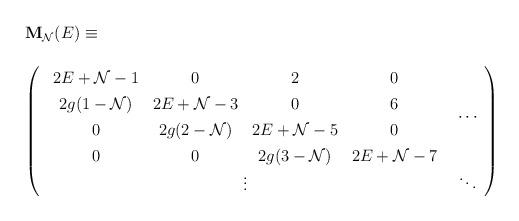
LaTeX: \begin{align*}\begin{array}{l}{\bf M}_{{\cal N}}(E) \equiv \\\\\left(\renewcommand{\arraystretch}{1.3}\begin{array}{cc}\begin{array}{cccc}2 E + {\cal N} - 1 & 0 & 2 & 0\\2 g (1- {\cal N} ) & 2E + {\cal N} - 3 & 0 & 6\\0 & 2 g ( 2 - {\cal N}) & 2E + {\cal N} - 5 & 0 \\0 & 0 & 2 g ( 3 - {\cal N}) & 2E + {\cal N} - 7\end{array}& \cdots\\\vdots & \ddots \end{array}\right) \end{array}\end{align*}